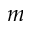
m